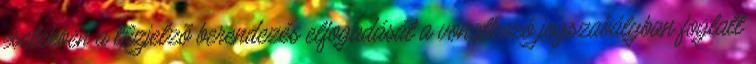
esetekben a tûzjelzõ berendezés elfogadását a vonatkozó jogszabályban foglalt